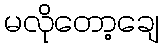
မလိုတော့ချေ